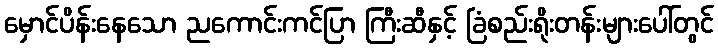
မှောင်ပိန်းနေသော ညကောင်းကင်ပြာ ကြီးဆီနှင့် ခြံစည်းရိုးတန်းများပေါ်တွင်